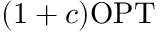
( 1 + c ) \mathrm { O P T }